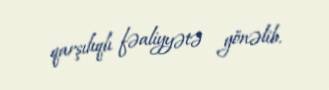
qarşılıqlı fəaliyyətə yönəlib.